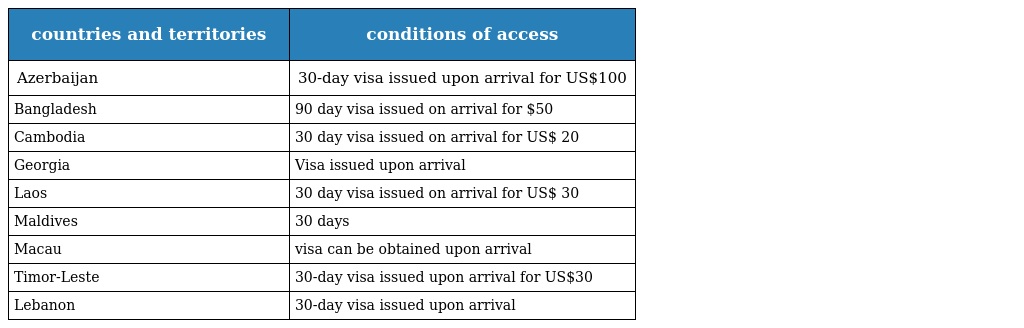
| countries and territories | conditions of access |
 | --- | --- |
 | Azerbaijan | 30-day visa issued upon arrival for US$100 |
 | Bangladesh | 90 day visa issued on arrival for $50 |
 | Cambodia | 30 day visa issued on arrival for US$ 20 |
 | Georgia | Visa issued upon arrival |
 | Laos | 30 day visa issued on arrival for US$ 30 |
 | Maldives | 30 days |
 | Macau | visa can be obtained upon arrival |
 | Timor-Leste | 30-day visa issued upon arrival for US$30 |
 | Lebanon | 30-day visa issued upon arrival |